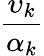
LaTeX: \displaystyle\frac{\upsilon_{k}}{\alpha_{k}}